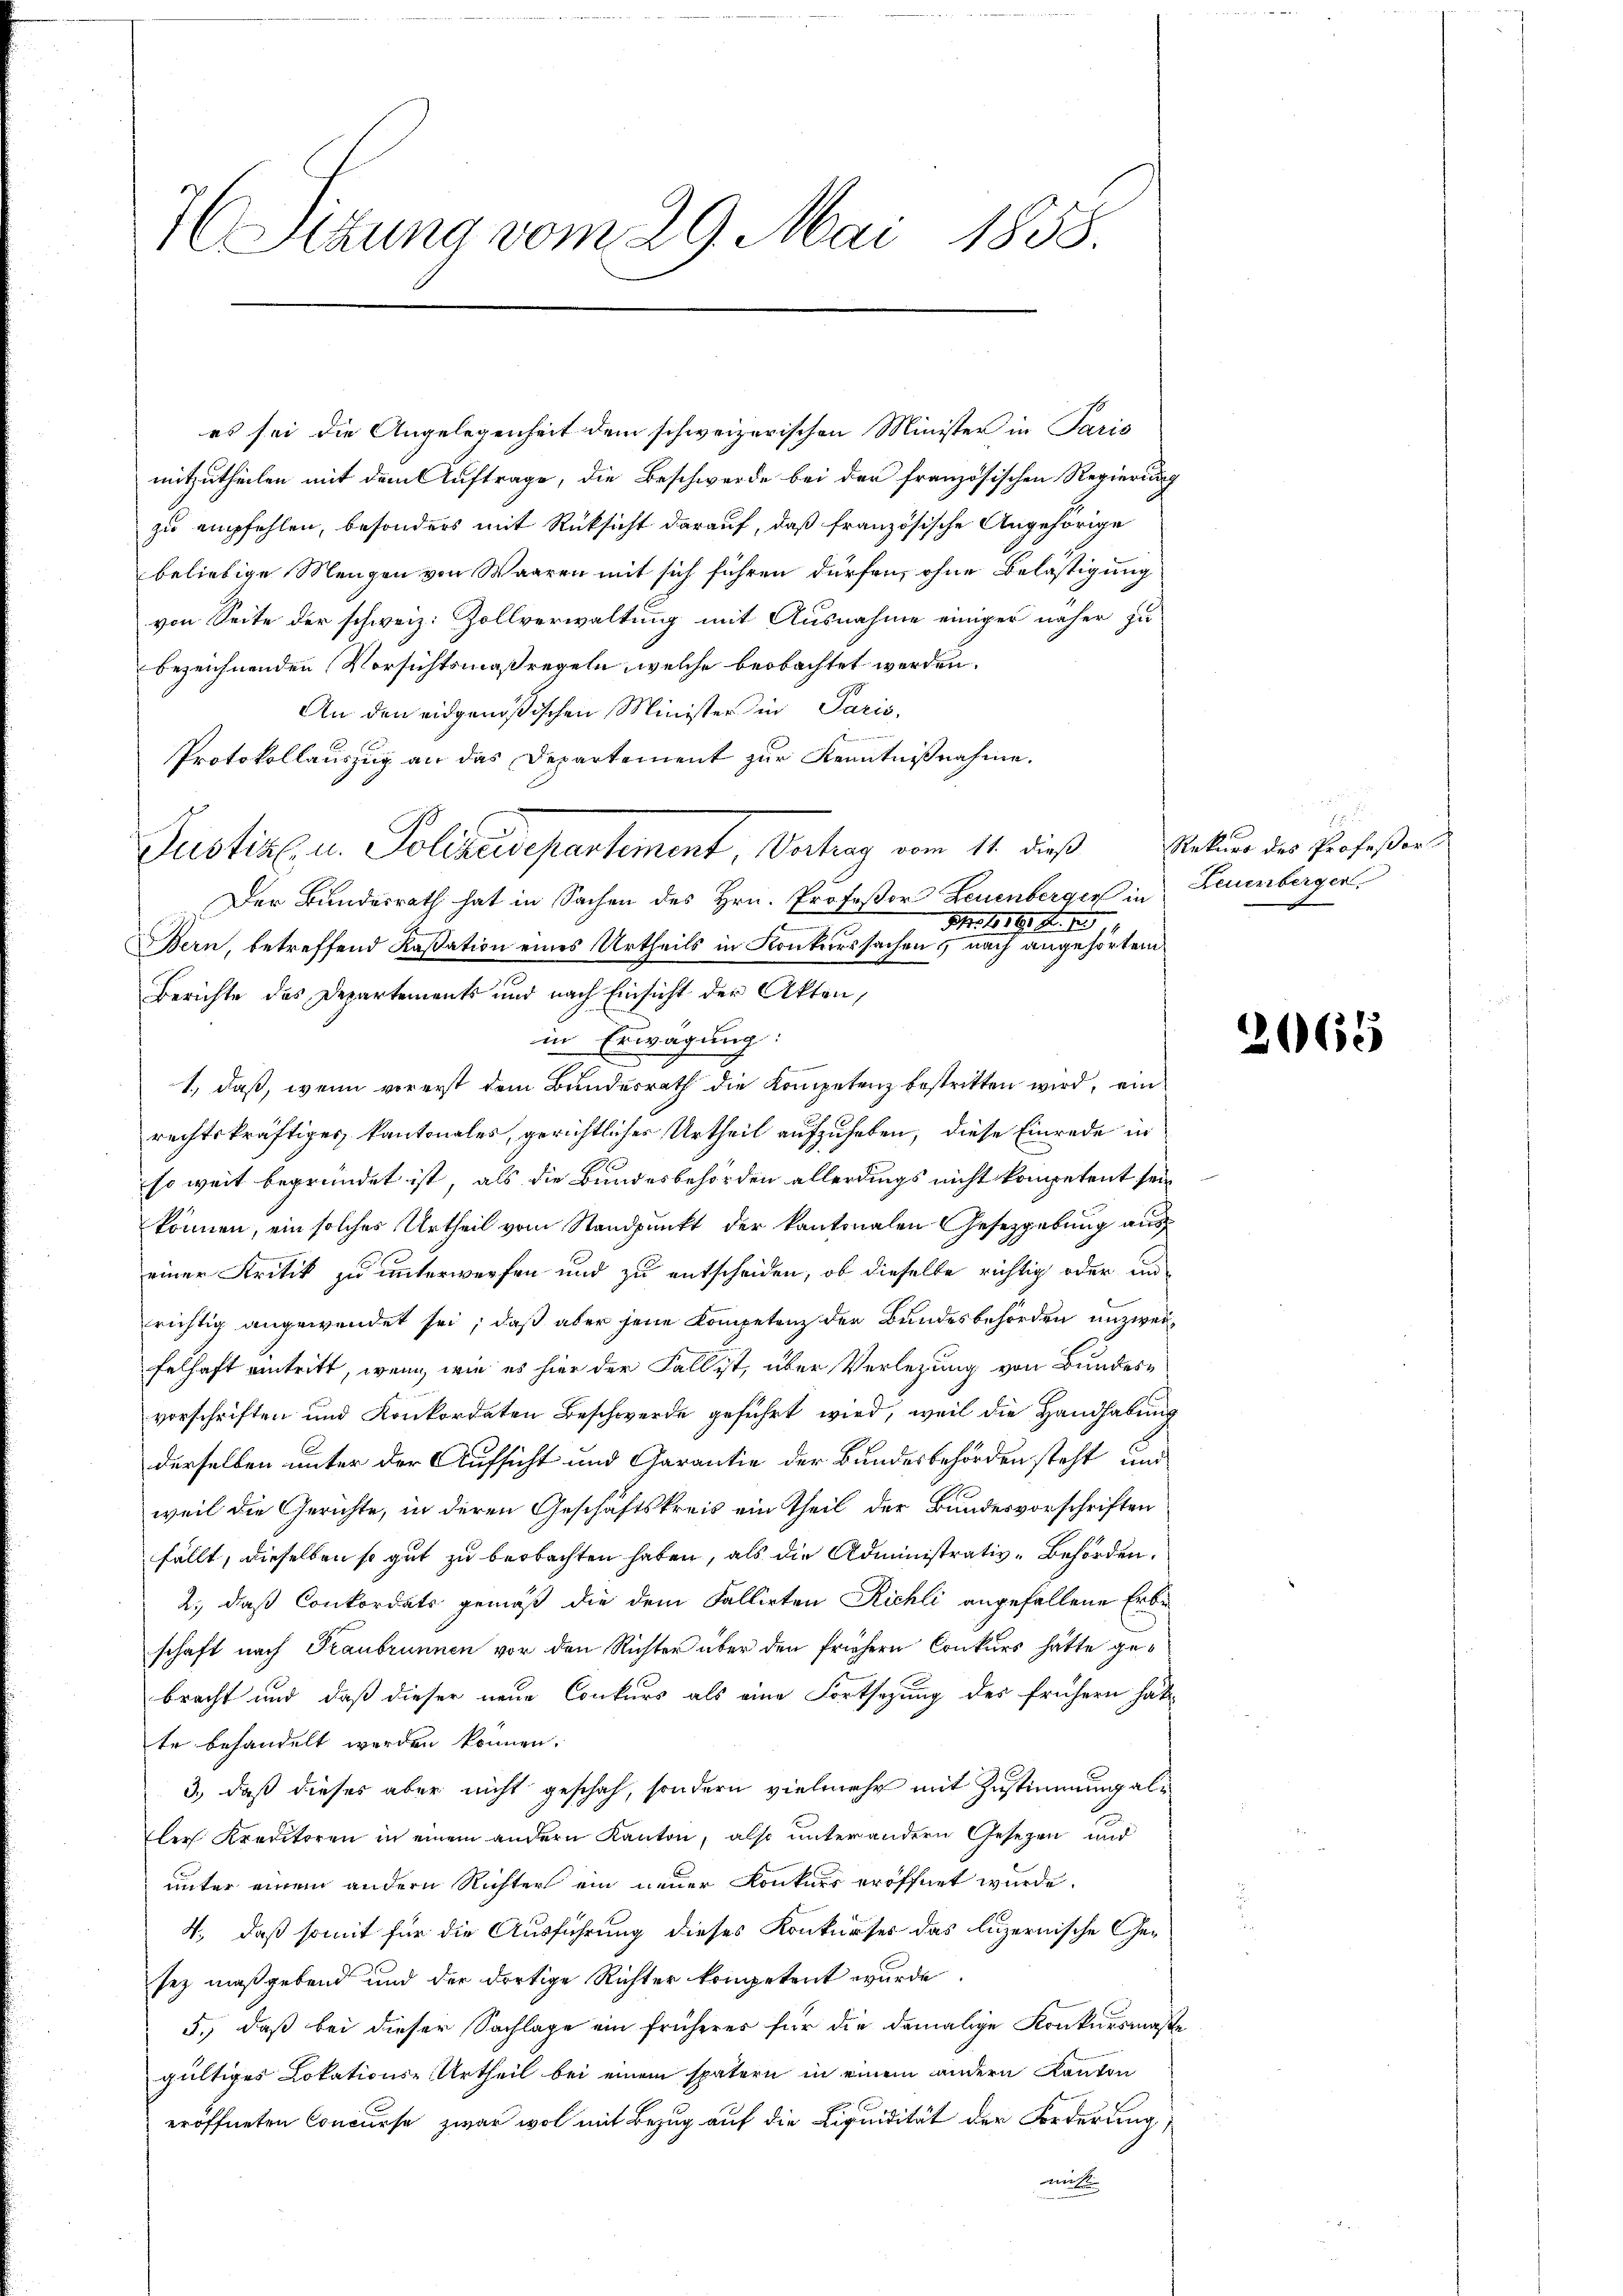
7 Sizung vom 29. Mai 1858.

es sei die Angelegenheit dem schweizerischen Minister in Paris
mitzutheilen mit dem Auftrage, die Beschwerde bei der französischen Regierung
zu empfehlen, besonders mit Rüksicht darauf, daß französische Angehörige
beliebige Mengen von Waaren mit sich führen dürfen, ohne Belastigung
von Seite der schweiz. Zollverwaltung mit Ausnahme einiger näher zu
bezeichnenden Vorsichtsmaßregeln, welche beobachtet werden.
An den eidgenößischen Minister in Paris,
Protokollauszug an das Departement zur Kenntnißnahme.
Der Bundesrath hat in Sachen des Hrn. Profeßor Leuenberger in
1 Nr. 1819. Fr. 12
Bern, betreffend Kassation eines Urtheils in Konkurssachens nach angehörtem
Berichte des Departements und nach Einsicht der Akten,
in Erwägung:
1., daß, wenn vorerst dem Bundesrath die Kompetenz bestritten wird, ein
rechtskräftiges kantonales, gerichtlicher Urtheil aufzuheben, diese Einrede in
so weit begründet ist, als die Bundesbehörden allerdings nicht kompetent sein
können, ein solches Urtheil vom Standpunkt der kantonalen Gesetzgebung aus
einer Kritik zu unterwerfen und zu entscheiden, ob dieselbe richtig oder un
richtig angewendet sei; daß aber jene Kompetenz der Bundesbehörden unzweifelhaft eintritt, wenn, wie es hier der Fall ist, über Verletzung von Bundesvorschriften und Konkordaten Beschwerde geführt wird, weil die Handhabung
derselben unter der Aufsicht und Garantie der Bundesbehörden steht und
weil die Gerichte, in deren Geschäftskreis ein Theil der Bundesvorschriften
fällt, dieselben so gut zu beobachten haben, als die Administrativ-Behörden.
2., daß Conkordats gemäß die dem Fallirten Richli angefallene Erbe
schaft nach Traubrunnen vor den Richter über den frühern Conkurs hätte gebracht und daß dieser neue Conkurs als eine Fortsezung des frühern hat
te behandelt werden können.
3), daß dieses aber nicht geschah, sondern vielmehr mit Zustimmung aller Kreditoren in einem andern Kanton, also unter andern Gesezen und
unter einem andern Richter ein neuer Konkurs eröffnet wurde.
4., daß somit für die Ausführung dieses Konkurses das luzernische Gesez maßgebend und der dortige Richter kompetent wurde.
5., daß bei dieser Sachlage ein früheres für die damalige Konkursmaße
gültiges Lokations-Urtheil bei einem spätern in einem andern Kanton
eröffneten Concurse zwar wol mit Bezug auf die Liquidität der Forderung
mit

Justiz u. Polizeidepartement Vertrag vom 11. dieß

Rekurs des Professor
Leuenbergen
d

2063